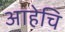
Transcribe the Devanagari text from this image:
आहेचि